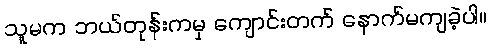
သူမက ဘယ်တုန်းကမှ ကျောင်းတက် နောက်မကျခဲ့ပါ။